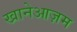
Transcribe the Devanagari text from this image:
खानेआज़म